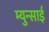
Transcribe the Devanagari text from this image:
म्युन्साई